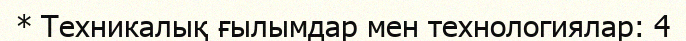
* Техникалық ғылымдар мен технологиялар: 4